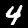
Digit: 4